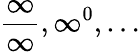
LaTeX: {\frac{\infty}{\infty}},\infty^{0},\ldots